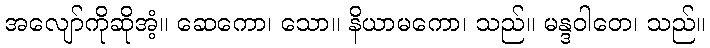
အလျော်ကိုဆိုအံ့။ ဆေကော၊ သော။ နိယာမကော၊ သည်။ မန္ဒဝါတေ၊ သည်။